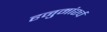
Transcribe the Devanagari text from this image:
हनुमांर्श्च